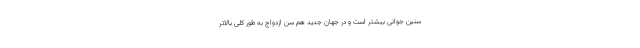
سنین جوانی بیشتر است و در جهان جدید هم سن ازدواج به طور کلی بالاتر